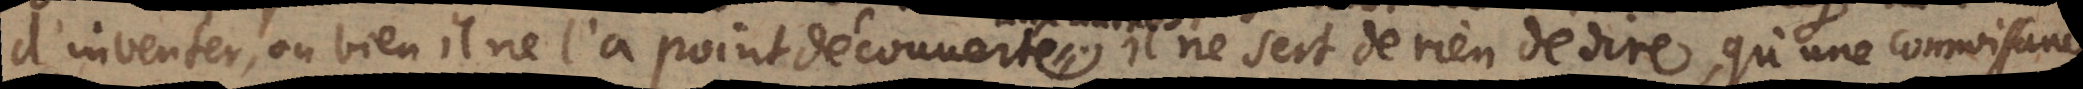
d’inventer, ou bien il ne l’a point découverte. Il ne sert rien de dire, qu’une connoissance